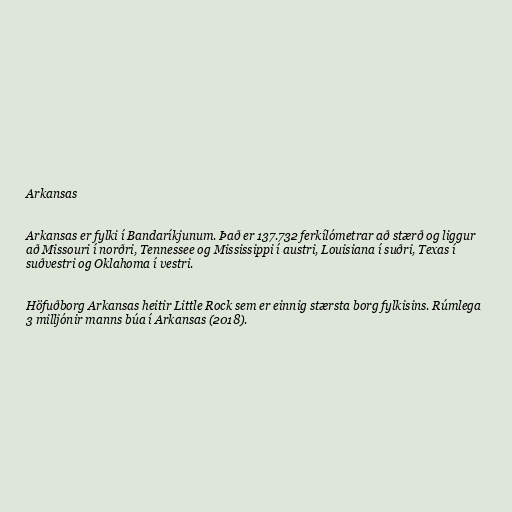
Arkansas

Arkansas er fylki í Bandaríkjunum. Það er 137.732 ferkílómetrar að stærð og liggur
að Missouri í norðri, Tennessee og Mississippi í austri, Louisiana í suðri, Texas í
suðvestri og Oklahoma í vestri.

Höfuðborg Arkansas heitir Little Rock sem er einnig stærsta borg fylkisins. Rúmlega
3 milljónir manns búa í Arkansas (2018).